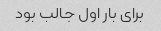
برای بار اول جالب بود